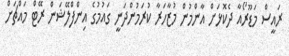
ރައީސް މަޑޫރޯއާ ދެކޮޅަށް އާންމުން މުޒާހަރާ ކުރަމުންދަނީ ގައުމުގެ އިންފްލޭޝަން ރޭޓް މައްޗަށް